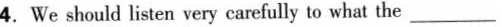
4.We should listen very caefully to what the ___